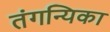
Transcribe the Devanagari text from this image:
तंगन्यिका